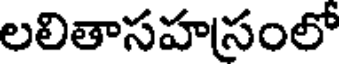
లలితాసహసంలో